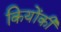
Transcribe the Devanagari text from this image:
कियोंकी